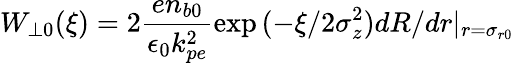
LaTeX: W_{\perp 0}(\xi)=2\frac{en_{b0}}{\epsilon_{0}k_{pe}^{2}}\exp{(-\xi/2\sigma_{z}^{2})}dR/dr|_{r=\sigma_{r0}}